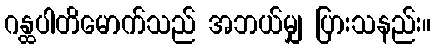
ဂန္ထပါတိမောက်သည် အဘယ်မျှ ပြားသနည်း။